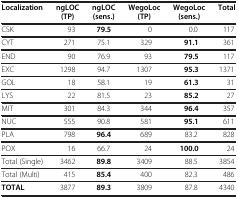
<table><thead><tr><td><b>Localization</b></td><td><b>ngLOC (TP)</b></td><td><b>ngLOC (sens.)</b></td><td><b>WegoLoc (TP)</b></td><td><b>WegoLoc (sens.)</b></td><td><b>Total</b></td><td><b> </b></td></tr></thead><tbody><tr><td>CSK</td><td>93</td><td><b>79.5</b></td><td>0</td><td>0.0</td><td>117</td><td> </td></tr><tr><td>CYT</td><td>271</td><td>75.1</td><td>329</td><td><b>91.1</b></td><td>361</td><td> </td></tr><tr><td>END</td><td>90</td><td>76.9</td><td>93</td><td><b>79.5</b></td><td>117</td><td> </td></tr><tr><td>EXC</td><td>1298</td><td>94.7</td><td>1307</td><td><b>95.3</b></td><td>1371</td><td> </td></tr><tr><td>GOL</td><td>18</td><td>58.1</td><td>19</td><td><b>61.3</b></td><td>31</td><td> </td></tr><tr><td>LYS</td><td>22</td><td>81.5</td><td>23</td><td><b>85.2</b></td><td>27</td><td> </td></tr><tr><td>MIT</td><td>301</td><td>84.3</td><td>344</td><td><b>96.4</b></td><td>357</td><td> </td></tr><tr><td>NUC</td><td>555</td><td>90.8</td><td>581</td><td><b>95.1</b></td><td>611</td><td> </td></tr><tr><td>PLA</td><td>798</td><td><b>96.4</b></td><td>689</td><td>83.2</td><td>828</td><td> </td></tr><tr><td>POX</td><td>16</td><td>66.7</td><td>24</td><td><b>100.0</b></td><td>24</td><td> </td></tr><tr><td>Total (Single)</td><td>3462</td><td><b>89.8</b></td><td>3409</td><td>88.5</td><td>3854</td><td> </td></tr><tr><td>Total (Multi)</td><td>415</td><td><b>85.4</b></td><td>400</td><td>82.3</td><td>486</td><td> </td></tr><tr><td><b>TOTAL</b></td><td>3877</td><td><b>89.3</b></td><td>3809</td><td>87.8</td><td>4340</td><td> </td></tr></tbody></table>